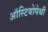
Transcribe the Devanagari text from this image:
ऑस्टियोपेथी